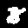
Digit: 8